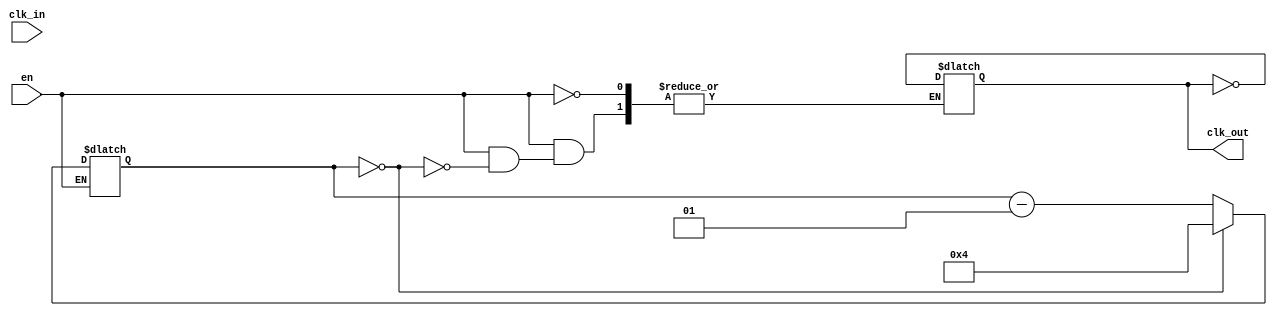
// This program was cloned from: https://github.com/Elphel/x393
// License: GNU General Public License v3.0

/*!
 * <b>Module:</b>sim_clk_div
 * @file sim_clk_div.v
 * @date 2015-10-11  
 * @author Andrey Filippov     
 *
 * @brief Divide clock frequency by integer number
 *
 * @copyright Copyright (c) 2015 Elphel, Inc .
 *
 * <b>License:</b>
 *
 * sim_clk_div.v is free software; you can redistribute it and/or modify
 * it under the terms of the GNU General Public License as published by
 * the Free Software Foundation, either version 3 of the License, or
 * (at your option) any later version.
 *
 *  sim_clk_div.v is distributed in the hope that it will be useful,
 * but WITHOUT ANY WARRANTY; without even the implied warranty of
 * MERCHANTABILITY or FITNESS FOR A PARTICULAR PURPOSE.  See the
 * GNU General Public License for more details.
 *
 * You should have received a copy of the GNU General Public License
 * along with this program.  If not, see <http://www.gnu.org/licenses/> .
 *
 * Additional permission under GNU GPL version 3 section 7:
 * If you modify this Program, or any covered work, by linking or combining it
 * with independent modules provided by the FPGA vendor only (this permission
 * does not extend to any 3-rd party modules, "soft cores" or macros) under
 * different license terms solely for the purpose of generating binary "bitstream"
 * files and/or simulating the code, the copyright holders of this Program give
 * you the right to distribute the covered work without those independent modules
 * as long as the source code for them is available from the FPGA vendor free of
 * charge, and there is no dependence on any encrypted modules for simulating of
 * the combined code. This permission applies to you if the distributed code
 * contains all the components and scripts required to completely simulate it
 * with at least one of the Free Software programs.
 */
`timescale 1ns/1ps

module  sim_clk_div#(
        parameter DIVISOR =  5
    ) (
        input      clk_in,
        input      en,
        output     clk_out
    );
    integer cntr = 0;
    reg clk_out_r = 0;
    assign clk_out = (DIVISOR == 1) ? clk_in: clk_out_r;
    always @(clk_in) if (en) begin
        if (cntr == 0) begin
            cntr = DIVISOR - 1;
            clk_out_r = !clk_out_r;
        end else begin
            cntr = cntr - 1;
        end
    end
endmodule